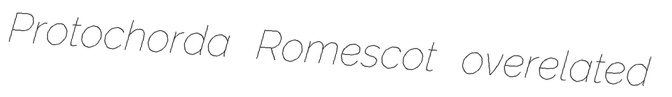
Protochorda Romescot overelated